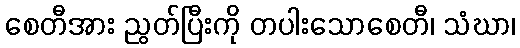
စေတီအား ညွတ်ပြီးကို တပါးသောစေတီ၊ သံဃာ၊